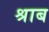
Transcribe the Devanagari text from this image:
श्राब